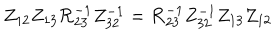
Z _ { 1 2 } Z _ { 1 3 } { \cal R } _ { 2 3 } ^ { - 1 } Z _ { 3 2 } ^ { - 1 } = { \cal R } _ { 2 3 } ^ { - 1 } Z _ { 3 2 } ^ { - 1 } Z _ { 1 3 } Z _ { 1 2 }